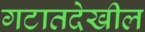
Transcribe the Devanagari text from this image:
गटातदेखील